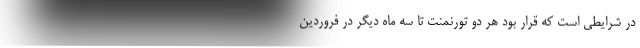
در شرایطی است که قرار بود هر دو تورنمنت تا سه ماه دیگر در فروردین